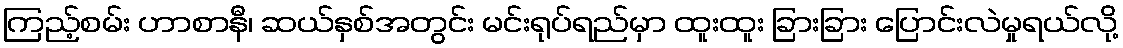
ကြည့်စမ်း ဟာစာနီ၊ ဆယ်နှစ်အတွင်း မင်းရုပ်ရည်မှာ ထူးထူး ခြားခြား ပြောင်းလဲမှုရယ်လို့